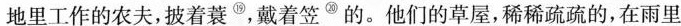
地里工作的农夫,披着蓑^{⑲},戴着笠^{⑳}。他们的草屋,稀稀疏疏的,在雨里